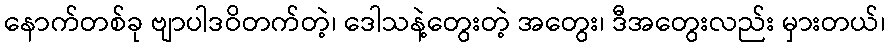
နောက်တစ်ခု ဗျာပါဒဝိတက်တဲ့၊ ဒေါသနဲ့တွေးတဲ့ အတွေး၊ ဒီအတွေးလည်း မှားတယ်၊